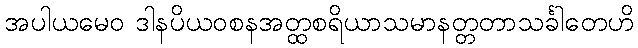
အပါယမေဝ ဒါနပိယဝစနအတ္ထစရိယာသမာနတ္တတာသင်္ခါတေဟိ